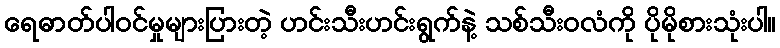
ရေဓာတ်ပါဝင်မှုများပြားတဲ့ ဟင်းသီးဟင်းရွက်နဲ့ သစ်သီးဝလံကို ပိုမိုစားသုံးပါ။